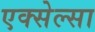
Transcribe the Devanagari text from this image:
एक्सेल्सा